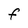
Character: F